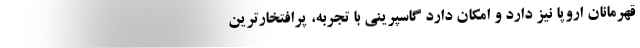
قهرمانان اروپا نیز دارد و امکان دارد گاسپرینی با تجربه، پرافتخارترین